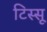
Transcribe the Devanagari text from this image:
टिस्सू